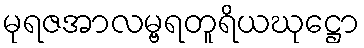
မုရဇအာလမ္ဗရတူရိယဃုဋ္ဌော